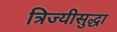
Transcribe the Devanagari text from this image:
त्रिज्यीसुद्धा